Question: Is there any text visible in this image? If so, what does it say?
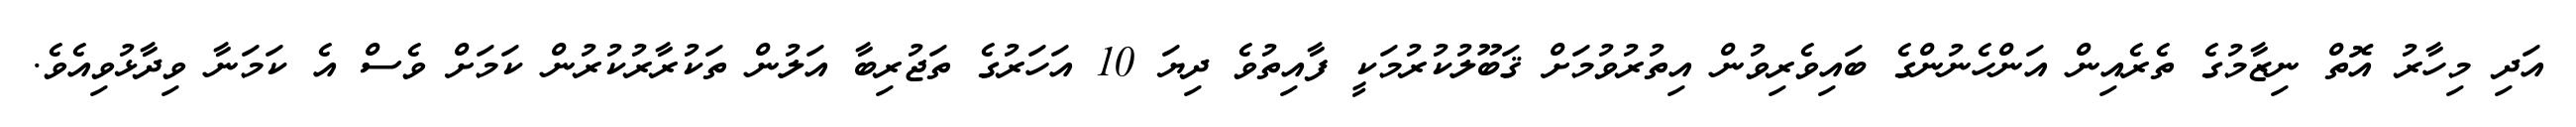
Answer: އަދި މިހާރު އޮތް ނިޒާމުގެ ތެރެއިން އަންހެނުންގެ ބައިވެރިވުން އިތުރުވުމަށް ޤަބޫލުކުރުމަކީ ފާއިތުވެ ދިޔަ 10 އަހަރުގެ ތަޖުރިބާ އަލުން ތަކުރާރުކުރުން ކަމަށް ވެސް އެ ކަމަނާ ވިދާޅުވިއެވެ.